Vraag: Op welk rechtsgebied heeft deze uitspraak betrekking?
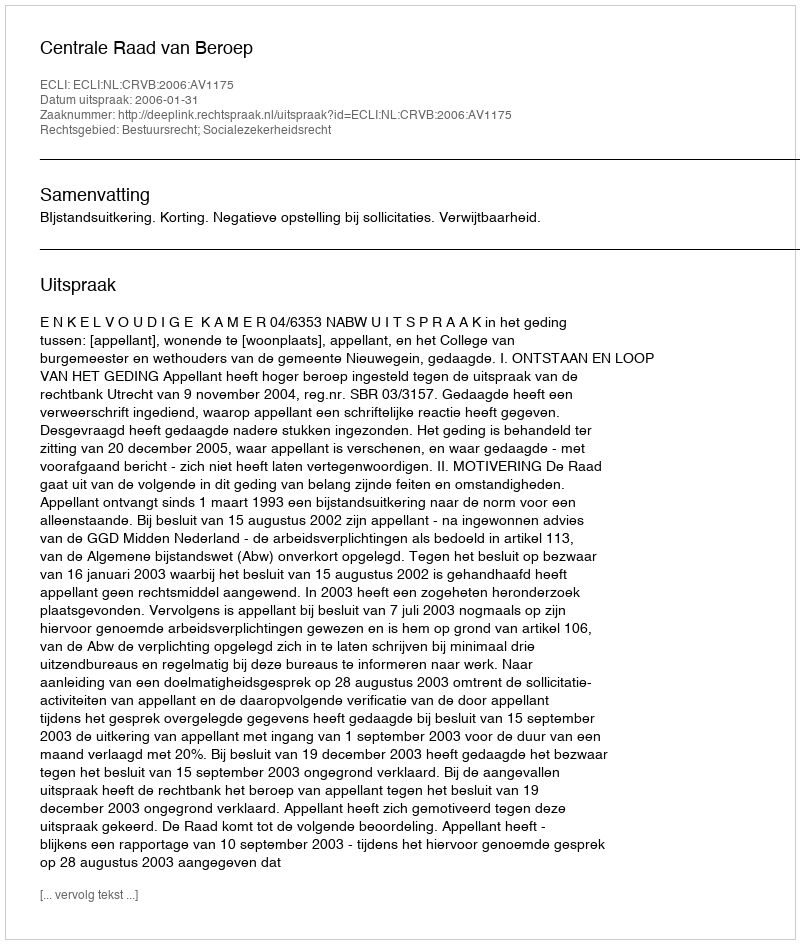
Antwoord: Bestuursrecht; Socialezekerheidsrecht